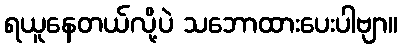
ရယူနေတယ်လို့ပဲ သဘောထားပေးပါဗျာ။